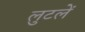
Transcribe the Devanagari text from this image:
लुटलें